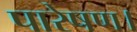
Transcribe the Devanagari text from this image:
पारेषण।